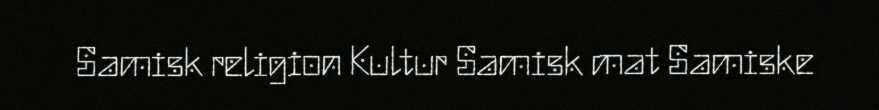
Samisk religion Kultur Samisk mat Samiske